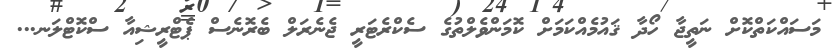
މަސައްކަތްކޮށް ނަތީޖާ ހޯދާ ޤައުމެއްކަމަށް ކޮމަންވެލްތުގެ ސެކްރެޓަރީ ޖެނެރަލް ބެރޮނެސް ޕެޓްރީޝިއާ ސްކޮޓްލަނ...